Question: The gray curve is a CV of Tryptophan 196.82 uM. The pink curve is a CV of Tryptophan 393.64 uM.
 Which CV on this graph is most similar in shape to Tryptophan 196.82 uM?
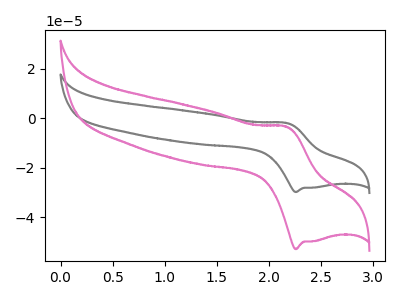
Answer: <think>The gray curve "Tryptophan 196.82 uM" has an anodic peak at (2.15V, -1.95uA) and a cathodic peak at (2.25V, -29.85uA). The pink curve "Tryptophan 393.64 uM" has an anodic peak at (2.15V, -3.45uA) and a cathodic peak at (2.25V, -52.90uA).
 All the peaks in "Tryptophan 196.82 uM" have a peak in "Tryptophan 393.64 uM" at the same potential.</think>
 <answer>The CV with the most similar shape to "Tryptophan 393.64 uM" is "Tryptophan 196.82 uM".</answer>
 <eval>"Tryptophan 196.82 uM"</eval>